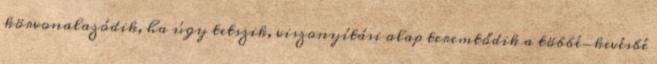
körvonalazódik, ha úgy tetszik, viszonyítási alap teremtődik a többé-kevésbé